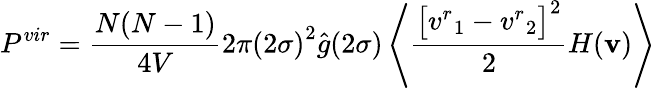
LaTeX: P^{vir}=\frac{N(N-1)}{4V}2\pi{(2\sigma)}^{2}\hat{g}(2\sigma)\left\langle\frac{{\big[{v^{r}}_{1}-{v^{r}}_{2}\big]}^{2}}{2}H(\textbf{v})\right\rangle